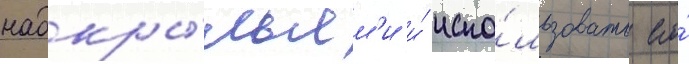
надкры́льям'и и́ испо́льзовать его́